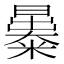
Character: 㬥